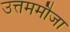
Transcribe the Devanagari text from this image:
उत्तममौजा